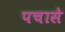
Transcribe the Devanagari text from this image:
पचासे